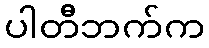
ပါတီဘက်က